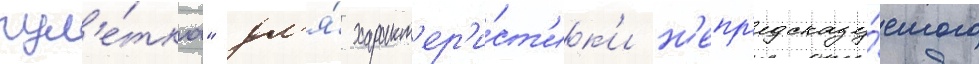
рул'е́тка" дл'я́ характ'ер'и́ст'ик'и н'епр'едсказу́емого